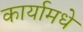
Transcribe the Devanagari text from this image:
कार्यामधे